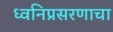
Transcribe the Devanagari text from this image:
ध्वनिप्रसरणाचा